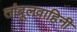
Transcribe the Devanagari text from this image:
तांबूलवाहिनी